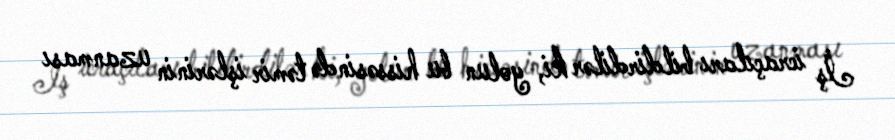
İş icraçıları bildirdilər ki, yolun bu hissəsində təmir işlərinin uzanması